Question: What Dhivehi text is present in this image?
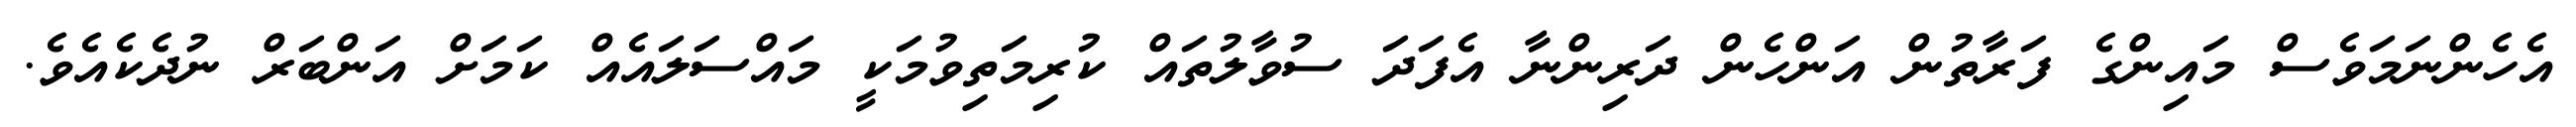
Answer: އެހެންނަމަވެސް މައިންގެ ފަރާތުން އަންހެން ދަރިންނާ އެފަދަ ސުވާލުތައް ކުރިމަތިވުމަކީ މައްސަލައެއް ކަމަށް އަންބަރް ނުދެކެއެވެ.